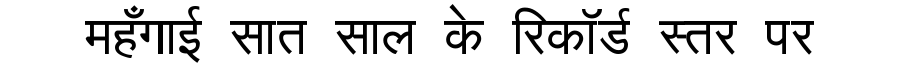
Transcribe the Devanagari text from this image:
महँगाई सात साल के रिकॉर्ड स्तर पर